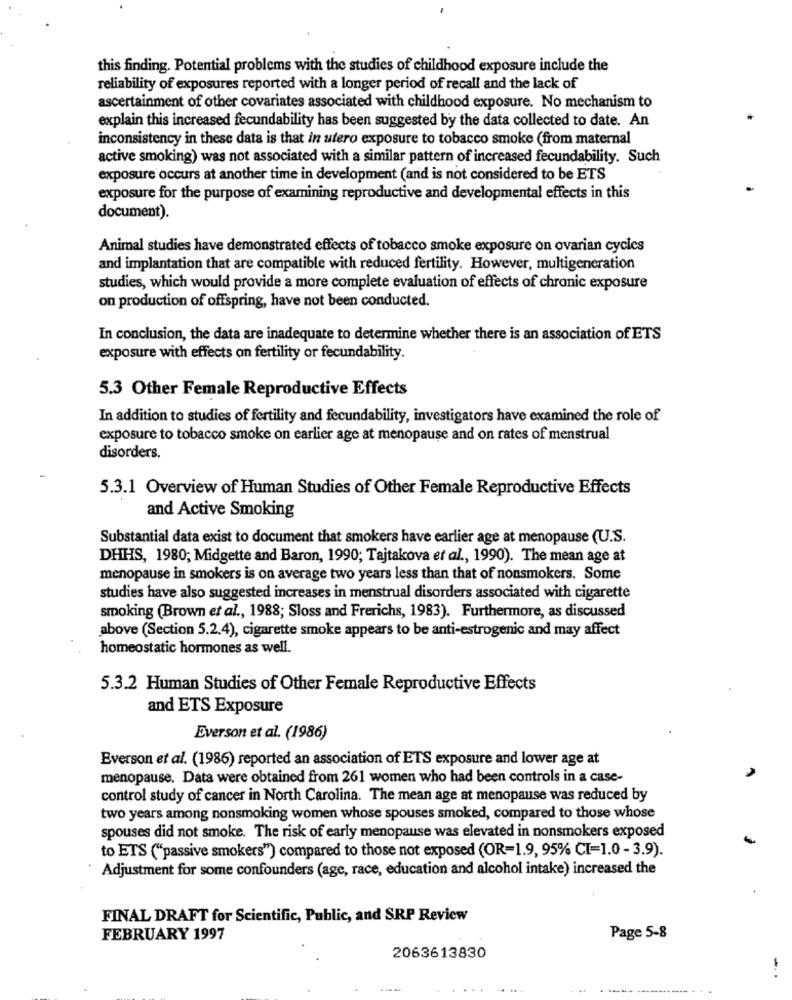
this finding. Potential problems with the studies of childhood exposure include the
reliability of exposures reported with a longer period of recall and the lack of
ascertainment of other covariates associated with childhood exposure. No mechanism to
explain this increased fecundability has been suggested by the data collected to date. An
inconsistency in these data is that in utero exposure to tobacco smoke (from maternal
active smoking) was not associated with a similar pattern of increased fecundability. Such
exposure occurs at another time in development (and is not considered to be ETS
exposure for the purpose of examining reproductive and developmental effects in this
document).
Animal studies have demonstrated effects of tobacco smoke exposure on ovarian cycles
and implantation that are compatible with reduced fertility. However, multigeneration
studies, which would provide a more complete evaluation of effects of chronic exposure
on production of offspring, have not been conducted.
In conclusion, the data are inadequate to determine whether there is an association of ETS
exposure with effects on fertility or fecundability.
5.3 Other Female Reproductive Effects
In addition to studies of fertility and fecundability, investigators have examined the role of
exposure to tobacco smoke on earlier age at menopause and on rates of menstrual
disorders.
5.3.1 Overview of Human Studies of Other Female Reproductive Effects
and Active Smoking
Substantial data exist to document that smokers have earlier age at menopause (U.S.
DHHS, 1980; Midgette and Baron, 1990; Tajtakova et al ., 1990). The mean age at
menopause in smokers is on average two years less than that of nonsmokers. Some
studies have also suggested increases in menstrual disorders associated with cigarette
smoking (Brown et al ., 1988; Sloss and Frerichs, 1983). Furthermore, as discussed
above (Section 5.2.4), cigarette smoke appears to be anti-estrogenic and may affect
homeostatic hormones as well.
5.3.2 Human Studies of Other Female Reproductive Effects
and ETS Exposure
Everson et al. (1986)
Everson et al. (1986) reported an association of ETS exposure and lower age at
menopause. Data were obtained from 261 women who had been controls in a case-
control study of cancer in North Carolina. The mean age at menopause was reduced by
two years among nonsmoking women whose spouses smoked, compared to those whose
spouses did not smoke. The risk of early menopause was elevated in nonsmokers exposed
to ETS ("passive smokers") compared to those not exposed (OR=1.9, 95% CI=1.0 - 3.9).
Adjustment for some confounders (age, race, education and alcohol intake) increased the
FINAL DRAFT for Scientific, Public, and SRP Review
FEBRUARY 1997
Page 5-8
2063613830
-
--